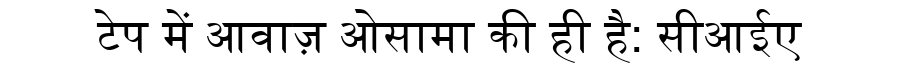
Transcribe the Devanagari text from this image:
टेप में आवाज़ ओसामा की ही है: सीआईए